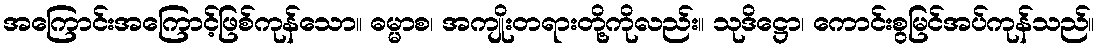
အကြောင်းအကြောင့်ဖြစ်ကုန်သော။ ဓမ္မာစ၊ အကျိုးတရားတို့ကိုလည်း။ သုဒိဋ္ဌော၊ ကောင်းစွမြင်အပ်ကုန်သည်။